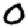
Digit: 0